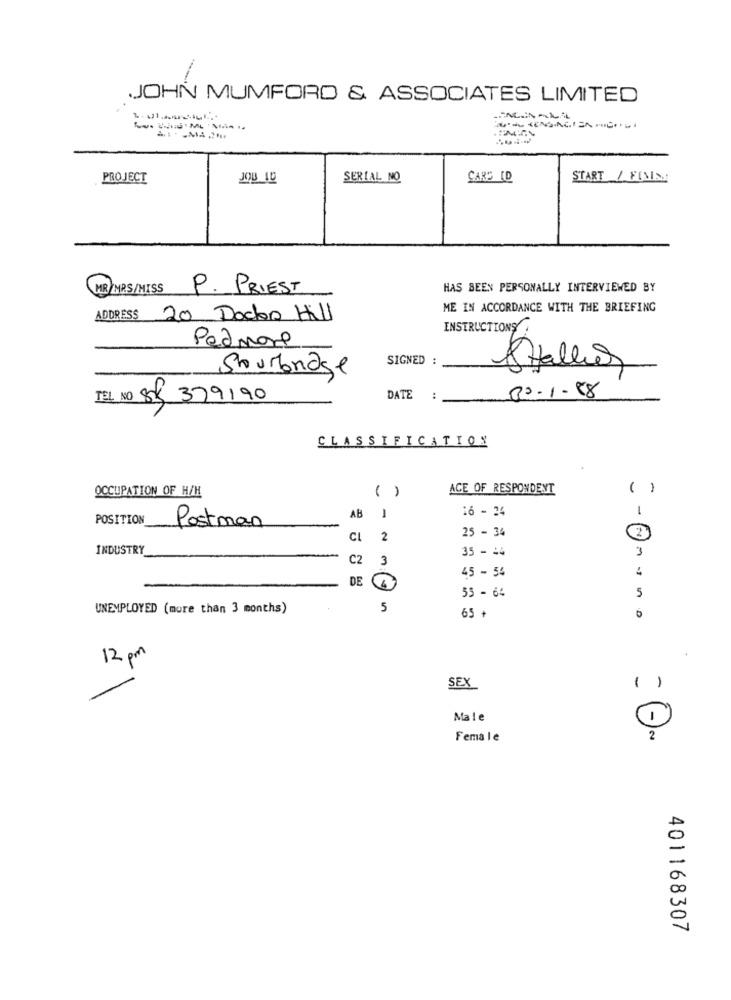
JOHN MUMFORD & ASSOCIATES LIMITED
PROJECT
JOU 1D
SERIAL NO
CARS ID
START / FIND
MR/MRS/MISS
P. PRIEST
HAS BEEN PERSONALLY INTERVIEWED BY
ME IN ACCORDANCE WITH THE BRIEFING
ADDRESS 20 Docks Hill
INSTRUCTIONS
Pedmore
SIGNED :
Shurbrage
8taller
TEL NO 85 379190
DATE :
30-1.88
CLASSIFICATION
OCCUPATION OF H/H
( )
ACE OF RESPONDENT
( )
16 - 24
-
POSITION
AB
-
Postman
25 - 34
CL2
INDUSTRY
35 - 44
3
C2
3
45 - 54
DE
55 - 64
5
UNEMPLOYED (more than 3 months)
5
65 +
12 pm
SEX
()
Male
Female
2
401168307